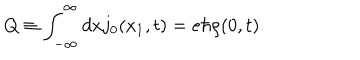
Q \equiv \int _ { - \infty } ^ { \infty } d x j _ { 0 } ( x _ { 1 } , t ) = e { \hbar } { \rho } ( 0 , t ) .